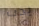
يجب